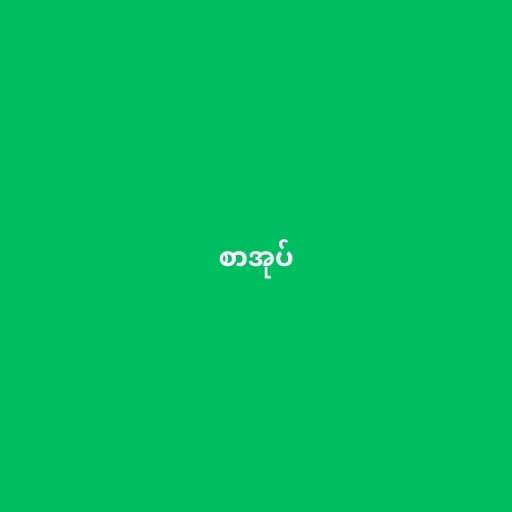
စာအုပ်